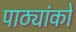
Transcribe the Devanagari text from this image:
पाठ्यांको